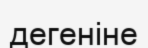
дегеніне